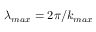
\lambda _ { m a x } = 2 \pi / k _ { m a x }